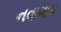
નવાગામ